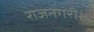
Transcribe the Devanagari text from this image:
राजनगरी।